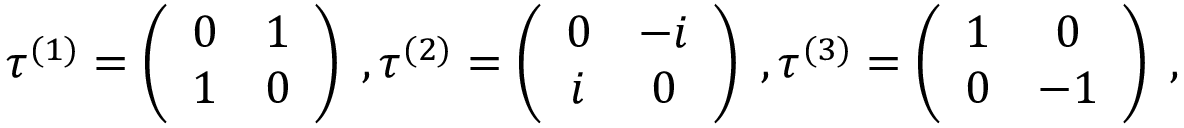
\tau ^ { ( 1 ) } = \left( \begin{array} { c c } { 0 } & { 1 } \\ { 1 } & { 0 } \end{array} \right) \; , \tau ^ { ( 2 ) } = \left( \begin{array} { c c } { 0 } & { - i } \\ { i } & { 0 } \end{array} \right) \; , \tau ^ { ( 3 ) } = \left( \begin{array} { c c } { 1 } & { 0 } \\ { 0 } & { - 1 } \end{array} \right) \; ,